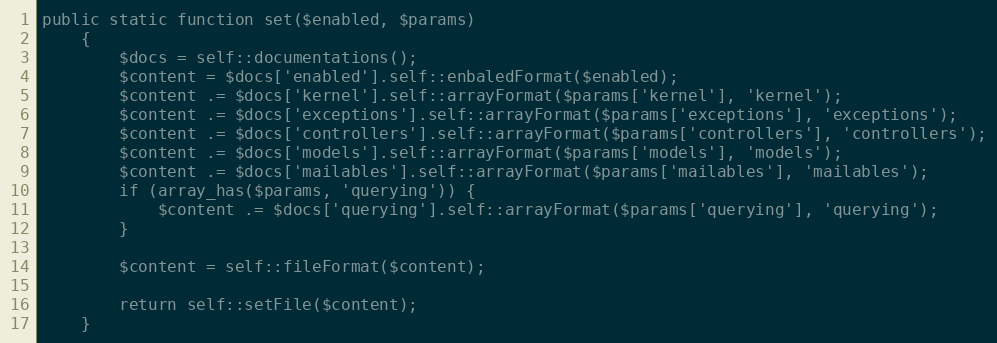
Language: PHP
public static function set($enabled, $params)
    {
        $docs = self::documentations();
        $content = $docs['enabled'].self::enbaledFormat($enabled);
        $content .= $docs['kernel'].self::arrayFormat($params['kernel'], 'kernel');
        $content .= $docs['exceptions'].self::arrayFormat($params['exceptions'], 'exceptions');
        $content .= $docs['controllers'].self::arrayFormat($params['controllers'], 'controllers');
        $content .= $docs['models'].self::arrayFormat($params['models'], 'models');
        $content .= $docs['mailables'].self::arrayFormat($params['mailables'], 'mailables');
        if (array_has($params, 'querying')) {
            $content .= $docs['querying'].self::arrayFormat($params['querying'], 'querying');
        }

        $content = self::fileFormat($content);

        return self::setFile($content);
    }